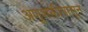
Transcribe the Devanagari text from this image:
अणूशक्तीपासून